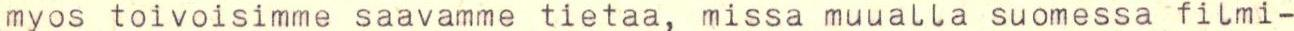
myos toivoisimme saavamme tietaa, missa muualla suomessa filmi-